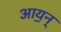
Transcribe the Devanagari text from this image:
आय॒न्